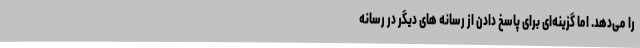
را می‌دهد. اما گزینه‌ای برای پاسخ دادن از رسانه های دیگر در رسانه